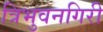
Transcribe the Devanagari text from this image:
त्रिभुवनगिरी